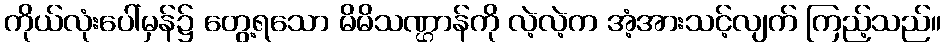
ကိုယ်လုံးပေါ်မှန်၌ တွေ့ရသော မိမိသဏ္ဌာန်ကို လဲ့လဲ့က အံ့အားသင့်လျက် ကြည့်သည်။